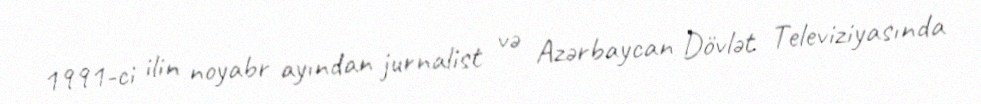
1991-ci ilin noyabr ayından jurnalist və Azərbaycan Dövlət Televiziyasında